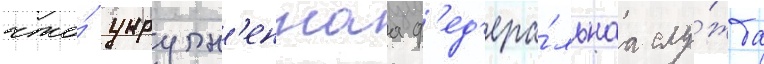
что́ укрупн'еннаа ф'ед'ера́льнаа слу́жба